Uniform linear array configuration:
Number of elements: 16
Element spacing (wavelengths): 1
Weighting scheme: hamming
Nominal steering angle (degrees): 45
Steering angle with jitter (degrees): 43.556
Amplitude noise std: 0.05
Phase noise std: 0.05

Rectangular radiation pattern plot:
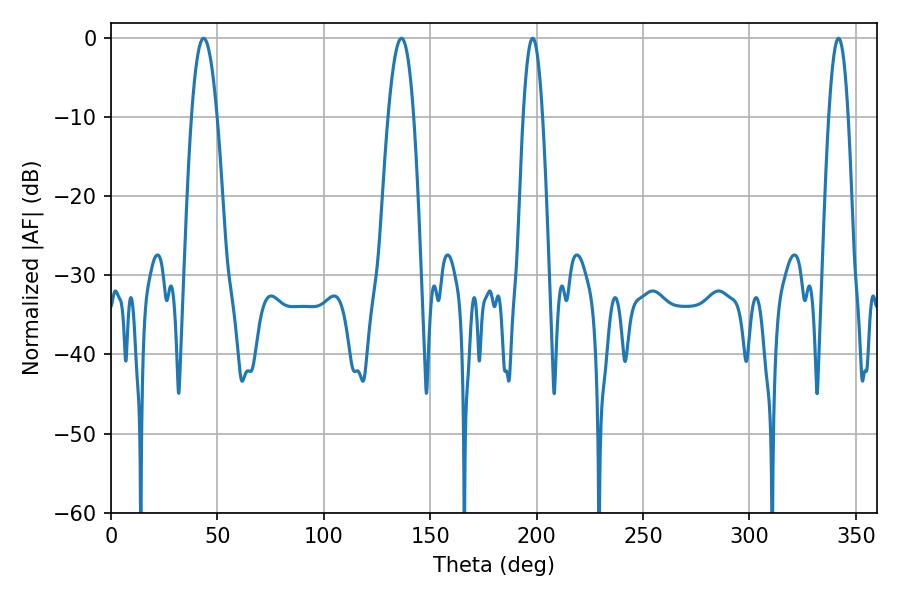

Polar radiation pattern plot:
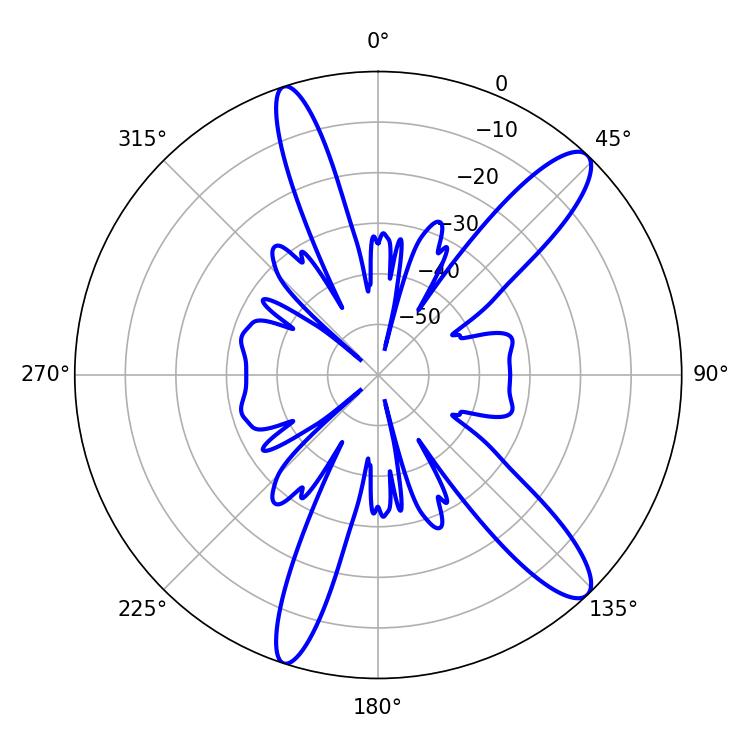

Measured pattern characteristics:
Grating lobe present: TRUE
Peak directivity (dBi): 12.494
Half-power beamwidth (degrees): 6.66
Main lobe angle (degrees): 136.44